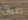
رغبات